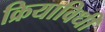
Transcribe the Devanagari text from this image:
क्रियाविधी